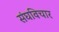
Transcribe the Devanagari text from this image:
संघविचार